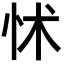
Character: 怵